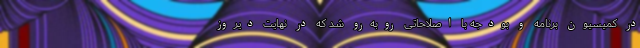
در کمیسیون برنامه و بودجه با اصلاحاتی روبه‌رو شد که در نهایت دیروز